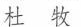
杜牧